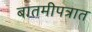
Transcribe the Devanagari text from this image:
बातमीपत्रात